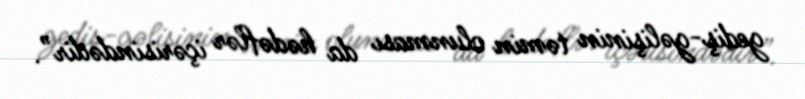
gediş-gəlişinin təmin olunması da hədəflər içərisindədir”.